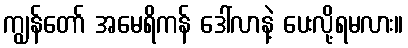
ကျွန်တော် အမေရိကန် ဒေါ်လာနဲ့ ပေးလို့ရမလား။